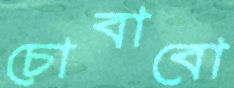
চোবাবো